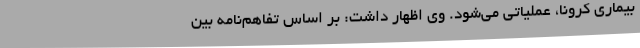
بیماری کرونا، عملیاتی می‌شود. وی اظهار داشت: بر اساس تفاهم‌نامه بین